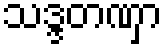
သဒ္ဒတဏှာ